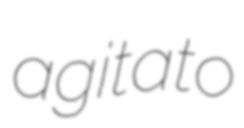
agitato